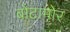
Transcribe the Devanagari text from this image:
बोटामोर